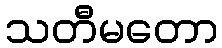
သတီမတော